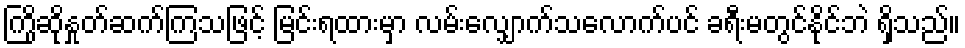
ကြိုဆိုနှုတ်ဆက်ကြသဖြင့် မြင်းရထားမှာ လမ်းလျှောက်သလောက်ပင် ခရီးမတွင်နိုင်ဘဲ ရှိသည်။